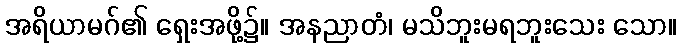
အရိယာမဂ်၏ ရှေးအဖို့၌။ အနညာတံ၊ မသိဘူးမရဘူးသေး သော။